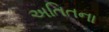
અતિતના